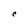
Character: C